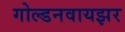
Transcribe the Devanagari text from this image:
गोल्डनवायझर